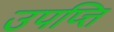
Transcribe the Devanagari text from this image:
उपप्त्ति